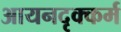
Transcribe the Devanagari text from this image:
आयनदृक्कर्म